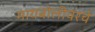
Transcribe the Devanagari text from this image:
मायबोलीवरचे